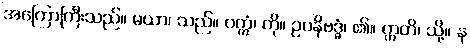
အကြောကြီးသည်။ မယာ၊ သည်။ ဝက္ကံ၊ ကို။ ဥပနိဗဒ္ဓံ၊ ၏။ ဣတိ၊ သို့။ န